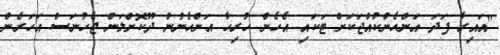
"އައިރާ ފަދަ އަންހެންކުއްޖަކަށް ޓަކައި އެހެން ހުރިހާ އަންހެނުން ދޫކޮށްލަން ޖެހުނަސް އަހަރެން